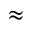
\approx